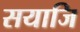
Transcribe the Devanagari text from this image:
सयाजि